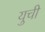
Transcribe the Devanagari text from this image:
युची